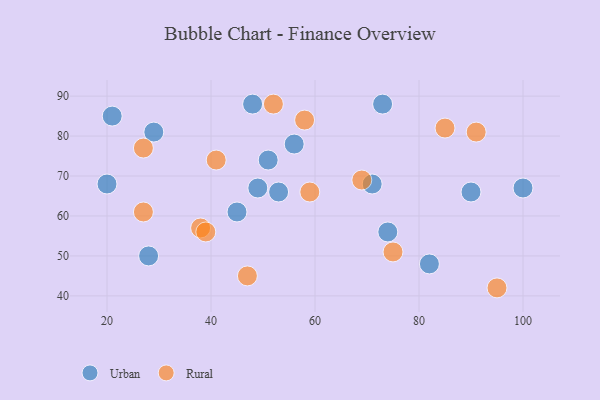
{"axis": {"x": "GDP", "y": "Life Expectancy"}, "legend": ["Rural", "Urban"], "data": [{"x": "48", "y": 88, "type": "Urban"}, {"x": "49", "y": 67, "type": "Urban"}, {"x": "90", "y": 66, "type": "Urban"}, {"x": "74", "y": 56, "type": "Urban"}, {"x": "82", "y": 48, "type": "Urban"}, {"x": "56", "y": 78, "type": "Urban"}, {"x": "73", "y": 88, "type": "Urban"}, {"x": "71", "y": 68, "type": "Urban"}, {"x": "51", "y": 74, "type": "Urban"}, {"x": "53", "y": 66, "type": "Urban"}, {"x": "100", "y": 67, "type": "Urban"}, {"x": "28", "y": 50, "type": "Urban"}, {"x": "29", "y": 81, "type": "Urban"}, {"x": "45", "y": 61, "type": "Urban"}, {"x": "21", "y": 85, "type": "Urban"}, {"x": "20", "y": 68, "type": "Urban"}, {"x": "59", "y": 66, "type": "Rural"}, {"x": "38", "y": 57, "type": "Rural"}, {"x": "91", "y": 81, "type": "Rural"}, {"x": "47", "y": 45, "type": "Rural"}, {"x": "95", "y": 42, "type": "Rural"}, {"x": "58", "y": 84, "type": "Rural"}, {"x": "75", "y": 51, "type": "Rural"}, {"x": "39", "y": 56, "type": "Rural"}, {"x": "52", "y": 88, "type": "Rural"}, {"x": "27", "y": 77, "type": "Rural"}, {"x": "69", "y": 69, "type": "Rural"}, {"x": "85", "y": 82, "type": "Rural"}, {"x": "41", "y": 74, "type": "Rural"}, {"x": "27", "y": 61, "type": "Rural"}]}